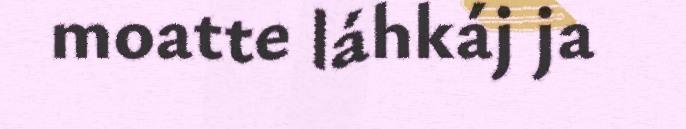
moatte láhkáj ja